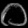
Digit: ၀